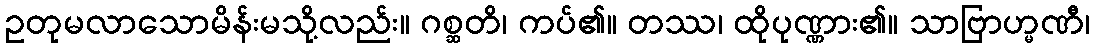
ဥတုမလာသောမိန်းမသို့လည်း။ ဂစ္ဆတိ၊ ကပ်၏။ တဿ၊ ထိုပုဏ္ဏား၏။ သာဗြာဟ္မဏီ၊